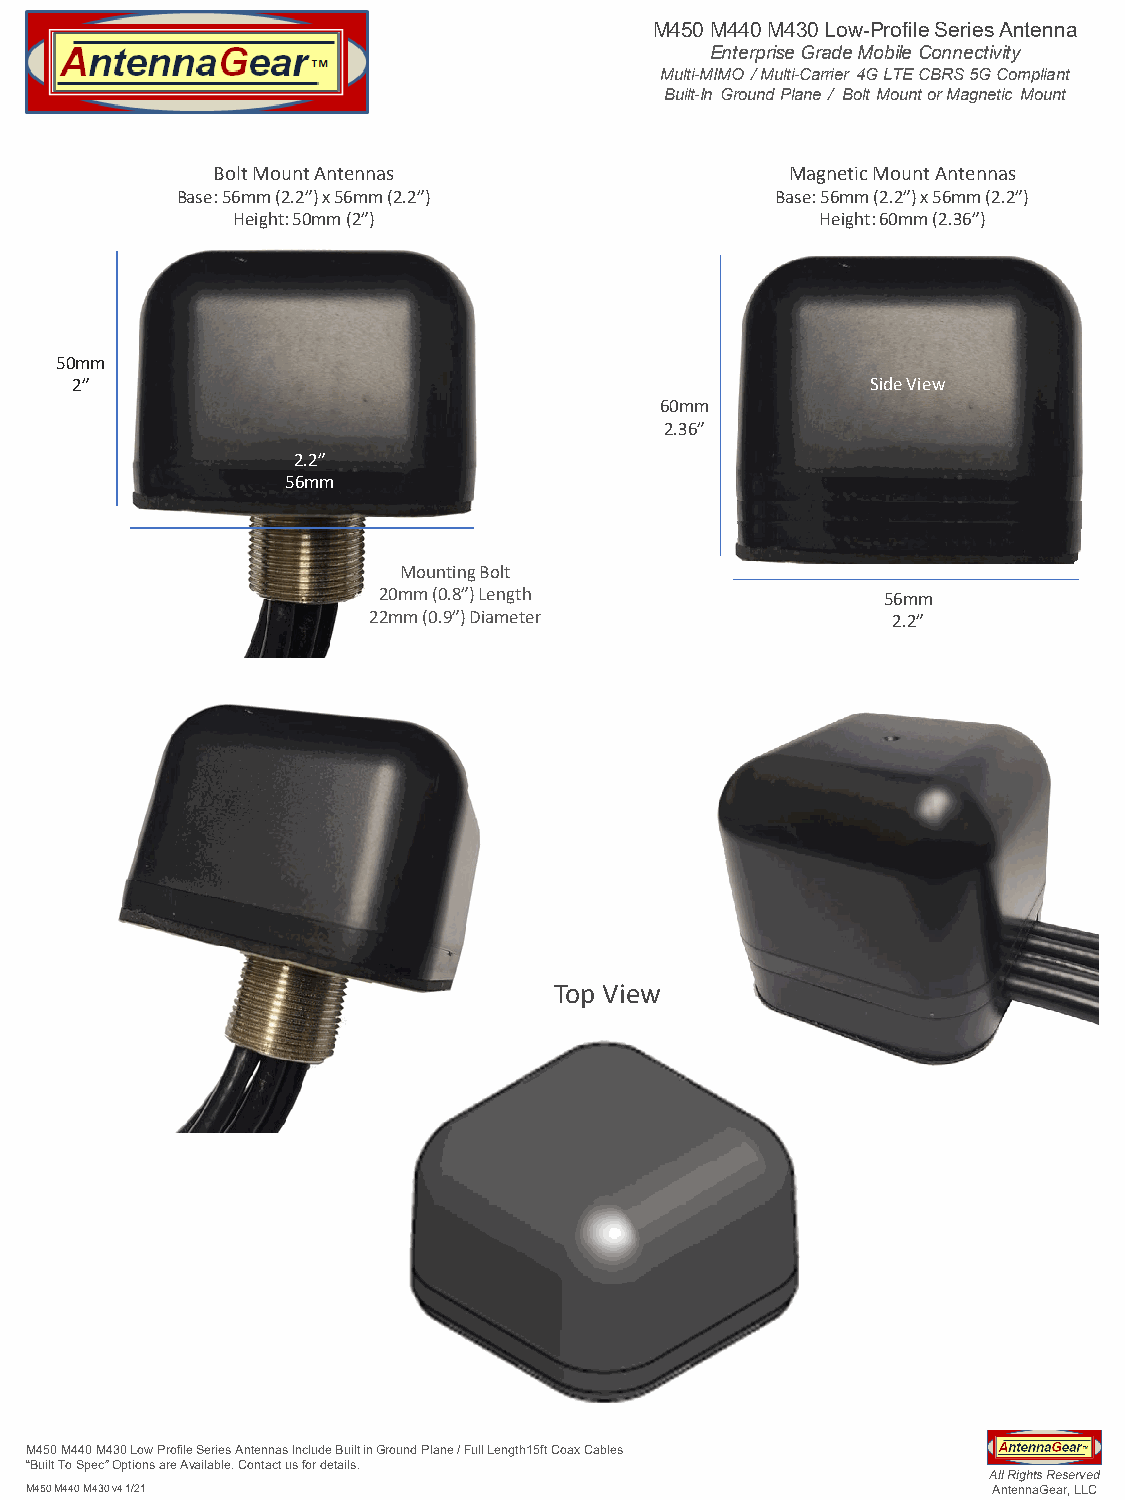
M450 M440 M430 Low-Profile Series Antenna
 Enterprise Grade Mobile Connectivity
 Multi-MIMO / Multi-Carrier 4G LTE CBRS 5G Compliant
 Built-In Ground Plane / Bolt Mount or Magnetic Mount
 Bolt Mount Antennas                   Magnetic Mount Antennas
 Base: 56mm (2.2”) x 56mm (2.2”)        Base: 56mm (2.2”) x 56mm (2.2”)
 Height: 50mm (2”)                      Height: 60mm (2.36”)
 50mm
 2”                                                   Side View
 60mm
 2.36”
 2.2”
 56mm
 Mounting Bolt
 20mm (0.8”) Length               56mm
 22mm (0.9”) Diameter               2.2”
 Top View
 M450 M440 M430 Low Profile Series Antennas Include Built in Ground Plane / Full Length15ft Coax Cables
 “Built To Spec” Options are Available. Contact us for details.
 All Rights Reserved
 M450 M440 M430 v4 1/21                                          AntennaGear, LLC